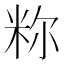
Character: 𫂼